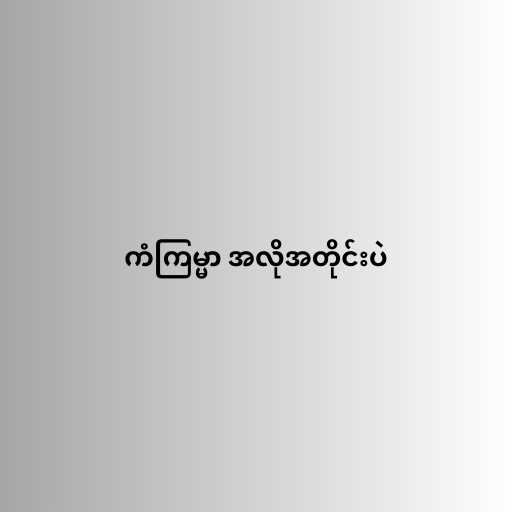
ကံကြမ္မာ အလိုအတိုင်းပဲ